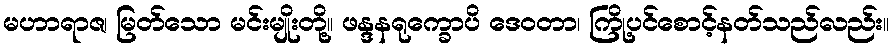
မဟာရာဇ၊ မြတ်သော မင်းမျိုးတို့။ ဖန္ဒနရုက္ခောပိ ဒေဝတာ၊ ကြို့ပင်စောင့်နတ်သည်လည်း။